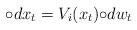
LaTeX: \begin{align*}{\circ d}x_t = V_i(x_t) {\circ d}w_t\end{align*}